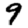
Digit: 9